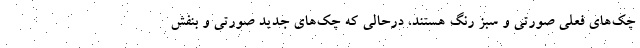
چک‌های فعلی صورتی و سبز رنگ هستند، درحالی که چک‌های جدید صورتی و بنفش